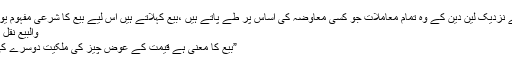
علمائے شریعت کے نزدیک لین دین کے وہ تمام معاملات جو کسی معاوضہ کی اساس پر طے پاتے ہیں ،بیع کہلاتے ہیں اس لیے بیع کا شرعی مفہوم یوں بیان کیا جاتاہے :
والبیع نقل ملك إلی الغیر بثمن3
”بیع کا معنی ہے قیمت کے عوض چیز کی ملکیت دوسرے کی طرف منتقل کرنا۔